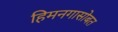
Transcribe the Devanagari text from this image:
हिमनगासोबत